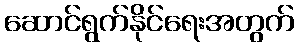
ဆောင်ရွက်နိုင်ရေးအတွက်